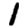
Digit: 1